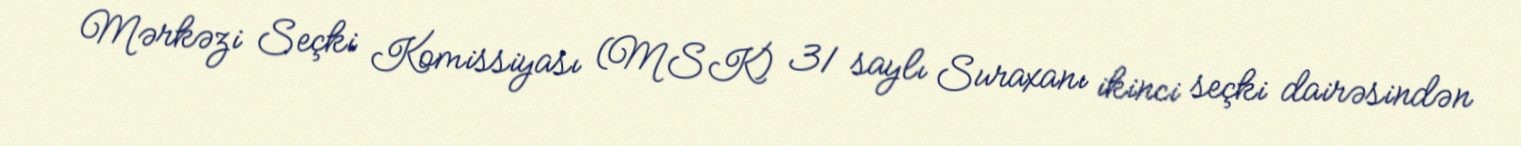
Mərkəzi Seçki Komissiyası (MSK) 31 saylı Suraxanı ikinci seçki dairəsindən